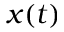
x ( t )